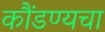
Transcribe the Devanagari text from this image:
कौंडण्यचा